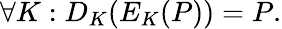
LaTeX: \forall K:D_{K}(E_{K}(P))=P.